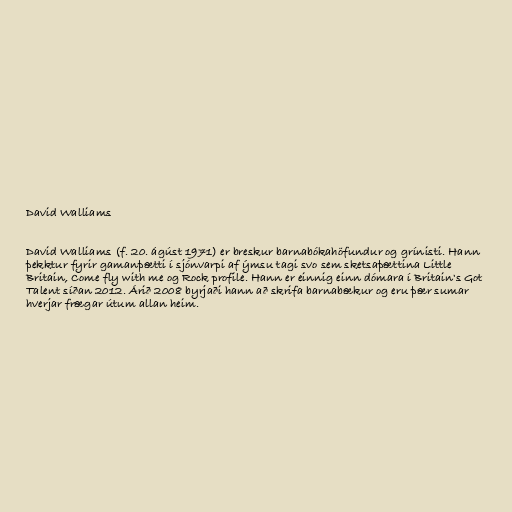
David Walliams

David Walliams (f. 20. ágúst 1971) er breskur barnabókahöfundur og grínisti. Hann
þekktur fyrir gamanþætti í sjónvarpi af ýmsu tagi svo sem sketsaþættina Little
Britain, Come fly with me og Rock profile. Hann er einnig einn dómara í Britain's Got
Talent síðan 2012. Árið 2008 byrjaði hann að skrifa barnabækur og eru þær sumar
hverjar frægar útum allan heim.